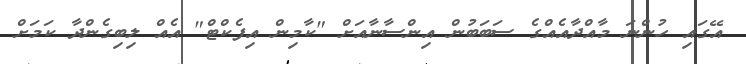
އޭގައި ހުންނަ މާއްދާއެއްގެ ސަބަބުން އިންސާނާއަށް "ކާމިން އިފެކްޓް" އެއް ލިބިގެންދާ ކަމަށް